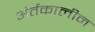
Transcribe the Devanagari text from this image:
अंर्तकालीन